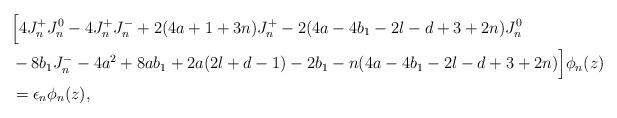
LaTeX: \begin{align*} & \Bigl[4 J_n^+ J_n^0 - 4 J_n^+ J_n^- + 2(4a+1+3n) J_n^+ - 2(4a-4b_1-2l-d+3+2n) J_n^0 \\ & - 8b_1 J_n^- - 4a^2 + 8ab_1 + 2a(2l+d-1) - 2b_1 - n(4a-4b_1-2l-d+3+2n)\Bigr] \phi_n(z) \\ & = \epsilon_n \phi_n(z), \end{align*}